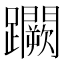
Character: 𨇮